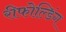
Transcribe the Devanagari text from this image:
रीफोल्डिंग